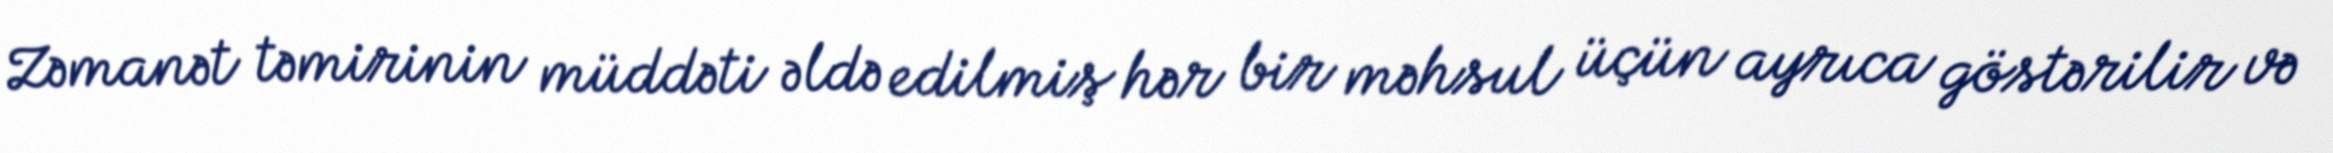
Zəmanət təmirinin müddəti əldə edilmiş hər bir məhsul üçün ayrıca göstərilir və